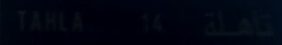
TAHLA143